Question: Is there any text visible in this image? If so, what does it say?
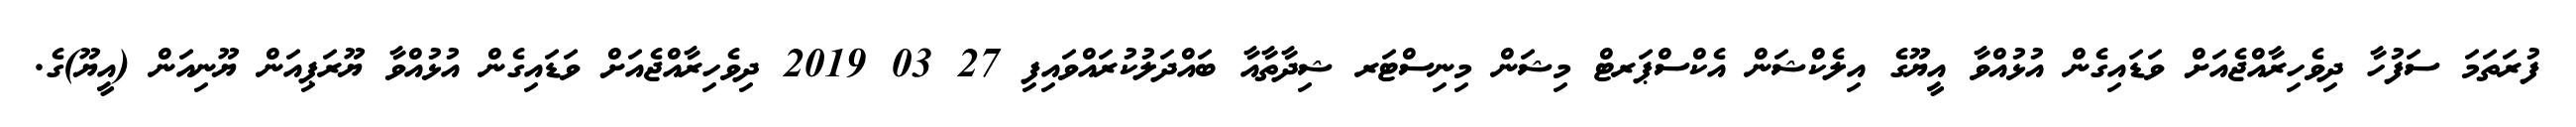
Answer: ފުރަތަމަ ސަފުހާ ދިވެހިރާއްޖެއަށް ވަޑައިގެން އުޅުއްވާ އީޔޫގެ އިލެކްޝަން އެކްސްޕަރޓް މިޝަން މިނިސްޓަރ ޝިދާތާއާ ބައްދަލުކުރައްވައިފި 27 03 2019 ދިވެހިރާއްޖެއަށް ވަޑައިގެން އުޅުއްވާ ޔޫރަޕިއަން ޔޫނިއަން (އީޔޫ)ގެ.